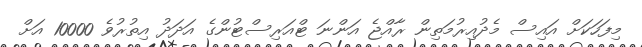
މިފަހަކަށް އައިސް މެދުއިރުމަތިން ރާއްޖެ އަންނަ ޓްއަރިސްޓުންގެ އަދަދު އިތުރުވެ 10000 އަށް